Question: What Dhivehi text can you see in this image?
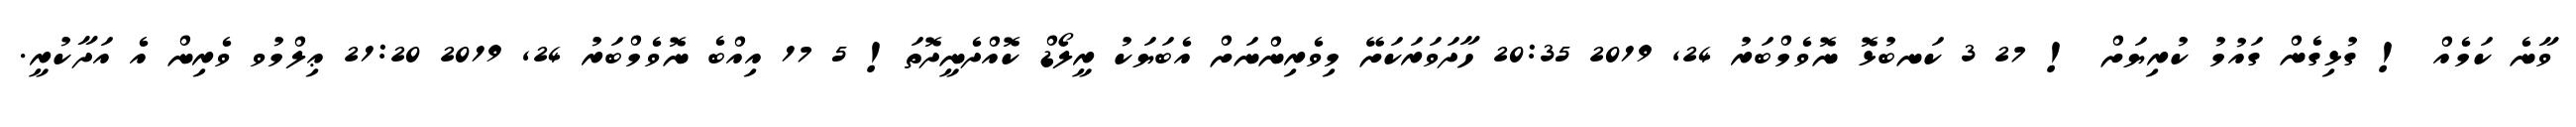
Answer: ވާނެ ކަމެއް ! ގުޅިގެން ގައުމު ކުރިޔަށް ! 27 3 ކަނބުޅޮ ނޮވެމްބަރު 24, 2019 20:35 ހާދަވަރަކަށޭ މިވެރިންނަށް އެބަޔަކު ރީލޯޑް ކޮއްދެނީދޮތަ! 5 17 އިއްބެ ނޮވެމްބަރު 24, 2019 21:20 ޢިލްމުވ ވެރިން އެ އަދާކުރީ.